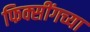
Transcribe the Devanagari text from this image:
फिक्सींगच्या